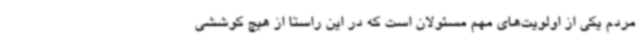
مردم یکی از اولویت‌های مهم مسئولان است که در این راستا از هیچ کوششی